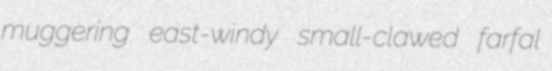
muggering east-windy small-clawed farfal